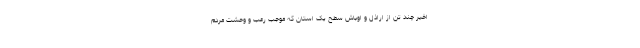
اخیر چند تن از اراذل و اوباش سطح یک استان که موجب رعب و وحشت مردم